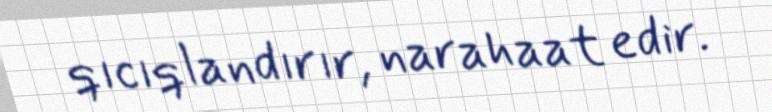
qıcıqlandırır, narahaat edir.